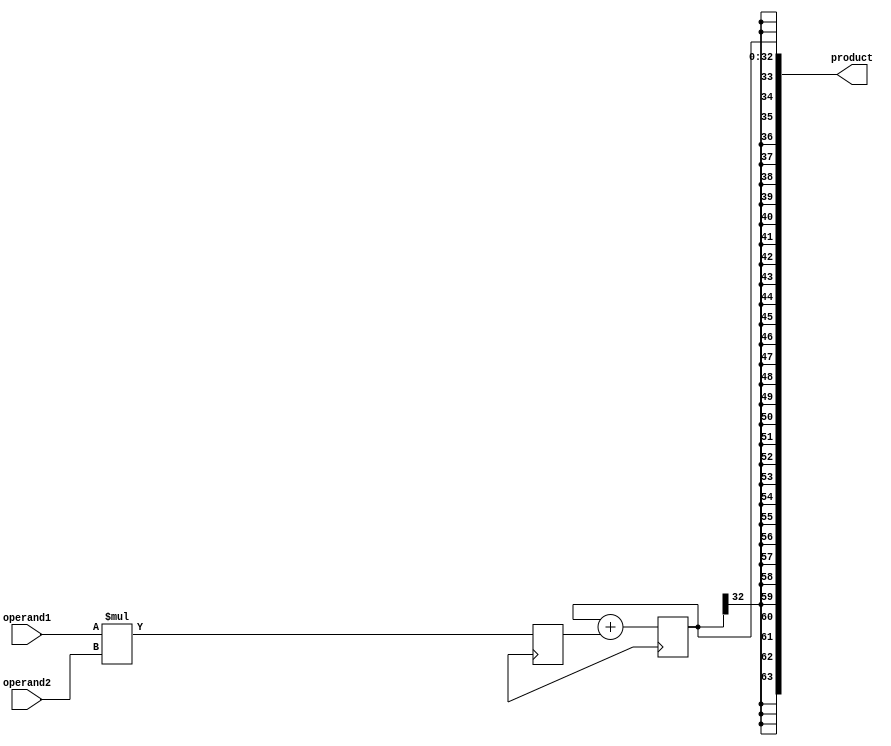
module SignedMultiplier (
    input signed [31:0] operand1,
    input signed [31:0] operand2,
    output reg signed [63:0] product
);

reg signed [31:0] partial_product;
reg signed [32:0] accumulator;

always @ (posedge clk) begin
    partial_product <= operand1 * operand2; // Perform signed multiplication
    accumulator <= accumulator + partial_product; // Accumulate partial products
end

assign product = accumulator; // Output the final product

endmodule